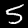
Label: 5